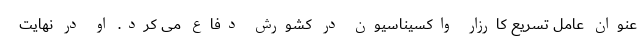
عنوان عامل تسریع کارزار واکسیناسیون در کشورش دفاع می کرد. او در نهایت